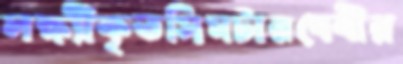
লক্ষ্যীকৃতসিমটারবেবীর